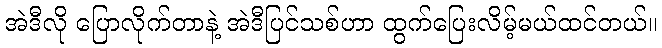
အဲဒီလို ပြောလိုက်တာနဲ့ အဲဒီပြင်သစ်ဟာ ထွက်ပြေးလိမ့်မယ်ထင်တယ်။